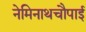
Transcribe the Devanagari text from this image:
नेमिनाथचौपाई